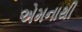
એમનાથી